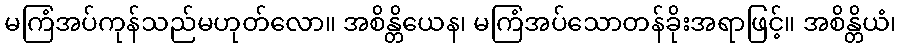
မကြံအပ်ကုန်သည်မဟုတ်လော။ အစိန္တိယေန၊ မကြံအပ်သောတန်ခိုးအရာဖြင့်။ အစိန္တိယံ၊